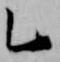
乙